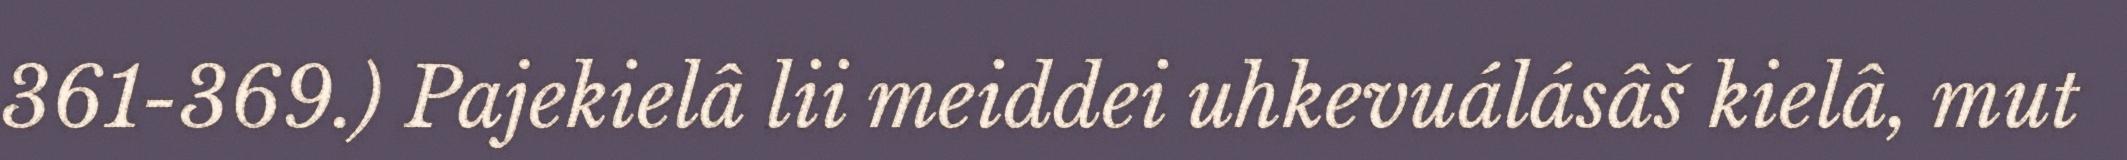
361-369.) Pajekielâ lii meiddei uhkevuálásâš kielâ, mut